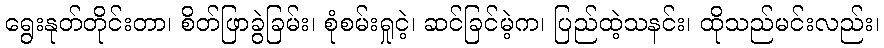
ရွေးနုတ်တိုင်းတာ၊ စိတ်ဖြာခွဲခြမ်း၊ စုံစမ်းရှုငဲ့၊ ဆင်ခြင်မဲ့က၊ ပြည်ထဲ့သနင်း၊ ထိုသည်မင်းလည်း၊